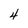
Character: 4